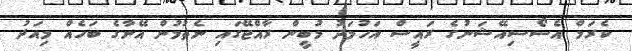
ކެރަމް އެސޯސިއޭޝަނުގެ ރައީސް އަހުމަދު މުބީން ރާއްޖޭގައި ނެތުމުން އޭނާގެ ބަހެއް މިއަދު